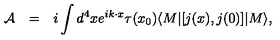
\begin{array} { r c l } { { \cal A } } & { = } & { \displaystyle i \int d ^ { 4 } x e ^ { i k \cdot x } \tau ( x _ { 0 } ) \langle M | [ j ( x ) , j ( 0 ) ] | M \rangle , } \\ \end{array}